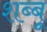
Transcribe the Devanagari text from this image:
शब्बू